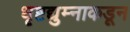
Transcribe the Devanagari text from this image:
धृष्टद्युम्नाकडून